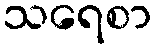
သရေစာ